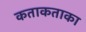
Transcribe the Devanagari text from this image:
कताकताका